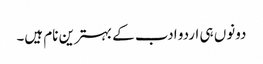
دونوں ہی اردو ادب کے بہترین نام ہیں۔